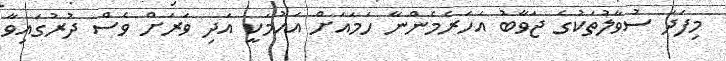
މިފަދަ ސުވާލުތަކުގެ ޖަވާބު އަހަރެމެންނާ ހަމައަށް އައުމަކީ އަދި ވަރަށް ވެސް ދުރުގައިވާ